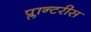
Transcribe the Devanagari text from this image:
प्लान्टरीस